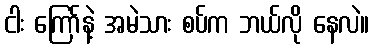
ငါး ကြော်နဲ့ အမဲသား စပ်က ဘယ်လို နေလဲ။